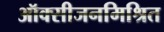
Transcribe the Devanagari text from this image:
ऑक्सीजनमिश्रित